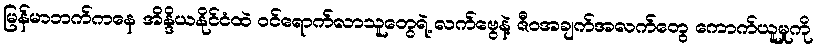
မြန်မာဘက်ကနေ အိန္ဒိယနိုင်ငံထဲ ဝင်ရောက်လာသူတွေရဲ့ လက်ဗွေနဲ့ ဇီဝအချက်အလက်တွေ ကောက်ယူမှုကို